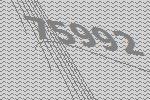
75992